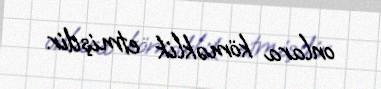
onlara köməklik etmişdir.